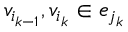
v _ { i _ { k - 1 } } , v _ { i _ { k } } \in e _ { j _ { k } }